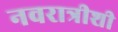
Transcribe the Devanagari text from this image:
नवरात्रीशी